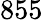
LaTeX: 855